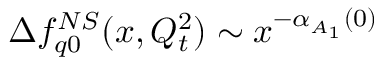
\Delta f _ { q 0 } ^ { N S } ( x , Q _ { t } ^ { 2 } ) \sim x ^ { - \alpha _ { A _ { 1 } } ( 0 ) }